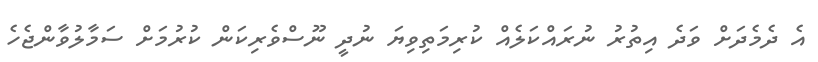
އެ ދެމެދަށް ވަދެ އިތުރު ނުރައްކަލެއް ކުރިމަތިވިޔަ ނުދީ ނޫސްވެރިކަން ކުރުމަށް ސަމާލުވާންޖެހެ